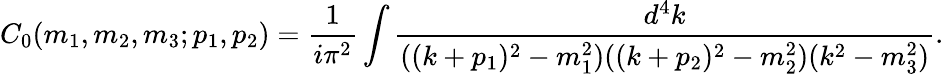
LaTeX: C_{0}(m_{1},m_{2},m_{3};p_{1},p_{2})=\frac{1}{i\pi^{2}}\int\frac{d^{4}k}{((k+p_{1})^{2}-m_{1}^{2})((k+p_{2})^{2}-m_{2}^{2})(k^{2}-m_{3}^{2})}.